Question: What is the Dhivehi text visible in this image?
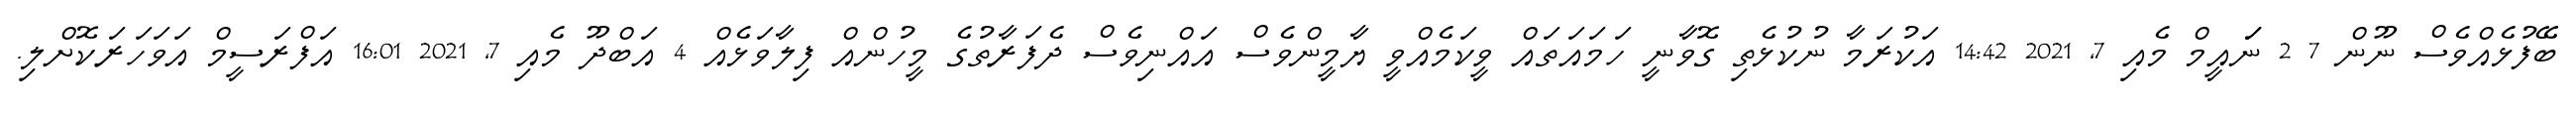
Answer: ބޭފުޅެއްވެސް ނޫން 7 2 ނަައީމް މެއި 7, 2021 14:42 އަކުރަމާ ނުކުޅެތި ގޮވާނީ ހަމައަތައް ވީކަމެއްވީ ޔާމީންވެސް އައްނިވެސް ދެފަރާތުގެ މީހުންއް ފިލާވަޅެއް 4 އަބްދޫ މެއި 7, 2021 16:01 އަފްރަސީމް އަވަހަރަކޮށްލި.